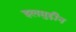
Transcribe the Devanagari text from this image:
इलमुद्दीन